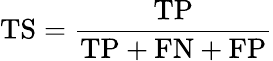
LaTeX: \mathrm{TS}={\frac{\mathrm{TP}}{\mathrm{TP}+\mathrm{FN}+\mathrm{FP}}}